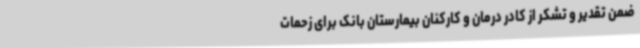
ضمن تقدیر و تشکر از کادر درمان و کارکنان بیمارستان بانک برای زحمات